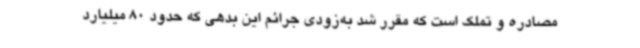
مصادره و تملک است که مقرر شد به‌زودی جرائم این بدهی که حدود 80 میلیارد